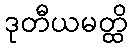
ဒုတီယမတ္ထိ